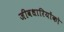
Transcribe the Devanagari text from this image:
जीवधारियोंको